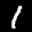
Label: 1